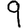
Digit: 9